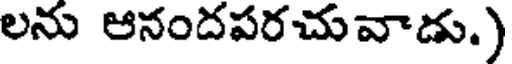
లను ఆనందపరచువాడు.)